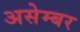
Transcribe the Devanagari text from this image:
असेम्बर